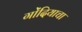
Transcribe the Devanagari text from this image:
गोंदियाचा